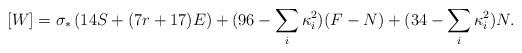
LaTeX: \begin{align*}[W]=\sigma_*\left(14 S + (7r + 17) E\right) +(96-\sum_i\kappa_i^2) (F-N) +(34 -\sum_i\kappa_i^2)N.\end{align*}